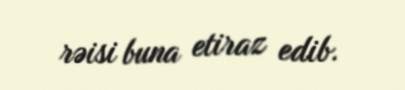
rəisi buna etiraz edib.